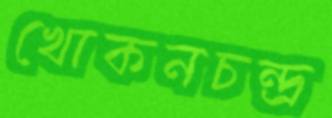
খোকনচন্দ্র